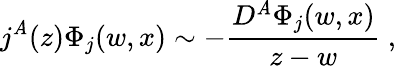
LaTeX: j^{\mathit{A}}(z)\Phi_{j}(w,x)\sim-\frac{{D^{\mathit{A}}\Phi_{j}(w,x)}}{{z-w}}~,